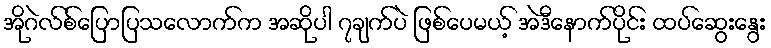
အိုဂဲလ်စ်ပြောပြသလောက်က အဆိုပါ ၇ချက်ပဲ ဖြစ်ပေမယ့် အဲဒီနောက်ပိုင်း ထပ်ဆွေးနွေး